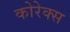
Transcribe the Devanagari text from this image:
कोरेक्स